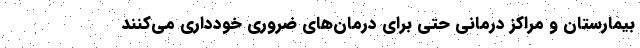
بیمارستان و مراکز درمانی حتی برای درمان‌های ضروری خودداری می‌کنند